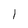
Character: I